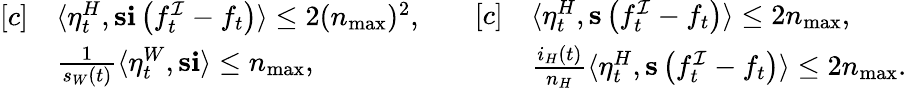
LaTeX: \begin{array}{rl}{[c]}&{\langle\eta_{t}^{H},\mathbf{s}\mathbf{i}\left(f_{t}^{\mathcal{I}}-f_{t}\right)\rangle\leq 2(n_{\operatorname*{max}})^{2},}\\ &{\frac{1}{s_{W}(t)}\langle\eta_{t}^{W},\mathbf{s}\mathbf{i}\rangle\leq n_{\operatorname*{max}},}\end{array}\quad\quad\begin{array}{rl}{[c]}&{\langle\eta_{t}^{H},\mathbf{s}\left(f_{t}^{\mathcal{I}}-f_{t}\right)\rangle\leq 2n_{\operatorname*{max}},}\\ &{\frac{i_{H}(t)}{n_{H}}\langle\eta_{t}^{H},\mathbf{s}\left(f_{t}^{\mathcal{I}}-f_{t}\right)\rangle\leq 2n_{\operatorname*{max}}.}\end{array}